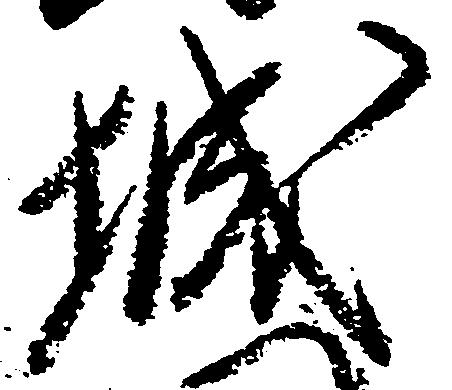
城